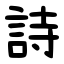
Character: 詩